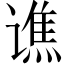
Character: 谯